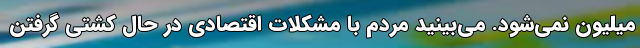
میلیون نمی‌شود. می‌بینید مردم با مشکلات اقتصادی در حال کشتی گرفتن